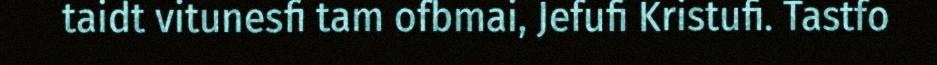
taidt vitunesfi tam ofbmai, Jefufi Kristufi. Tastfo